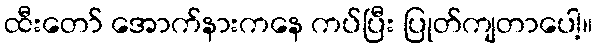
ထီးတော် အောက်နားကနေ ကပ်ပြီး ပြုတ်ကျတာပေါ့။